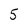
Character: 5